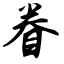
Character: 眷